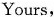
Yours,